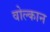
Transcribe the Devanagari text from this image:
वोल्कान